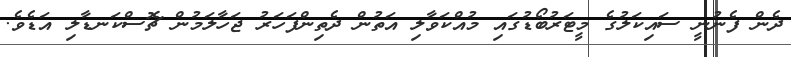
ދެން ފެނުނީ ސައިކަލުގެ މީޓަރުބޯޑުގައި މުއްކަވާލި އަތުން ދެތިންފަހަރު ޖަހާލަމުން ޗޮސްކަނޑާލި އަޑެވެ.